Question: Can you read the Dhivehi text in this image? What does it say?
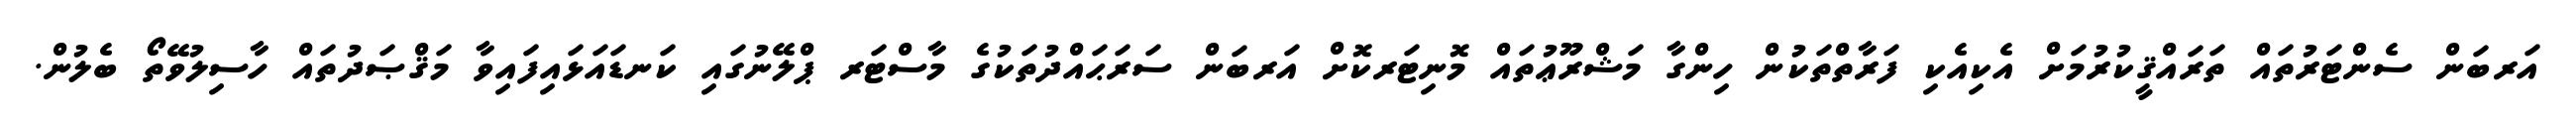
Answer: އަރބަން ސެންޓަރުތައް ތަރައްޤީކުރުމަށް އެކިއެކި ފަރާތްތަކުން ހިންގާ މަޝްރޫޢުތައް މޮނިޓަރކޮށް އަރބަން ސަރަޙައްދުތަކުގެ މާސްޓަރ ޕްލޭނުގައި ކަނޑައަޅައިފައިވާ މަޤްޞަދުތައް ހާސިލުވޭތޯ ބެލުން.